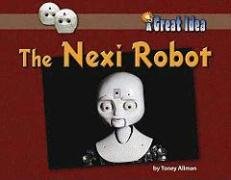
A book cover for The Nexi Robot (Great Idea); Toney Allman; Children's Books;